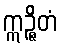
ဣဉ္ဇိတံ